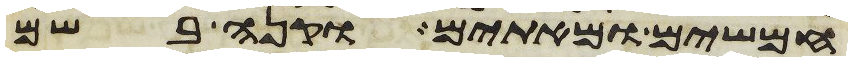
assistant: חמשים ומאתים וקנה בשם